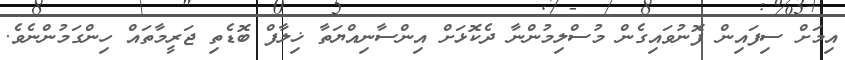
އިމަށް ސިފައިން ފޮނުވައިގެން މުސްލިމުންނާ ދެކޮޅަށް އިންސާނިއްޔަތާ ޚިލާފް ބޮޑެތި ޖަރީމާތައް ހިންގަމުންނެވެ.